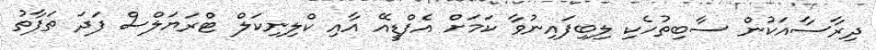
ދިރާސާއަކުން ސާބިތުހެކި ލިބިފައިނުވާ ކަމަށް އެފްޑީއޭ އާއި ކްލިނިކަލް ޓްރަޔަލްސް ފަަދަ ތަަފާތު